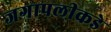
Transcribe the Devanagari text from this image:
जगापलीकडे